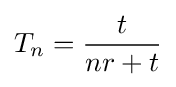
T_{n}={\frac {t}{nr+t}}